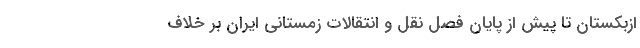
ازبکستان تا پیش از پایان فصل نقل و انتقالات زمستانی ایران بر خلاف